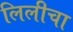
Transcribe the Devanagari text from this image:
लिलीचा